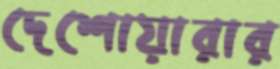
দেশোয়ারার